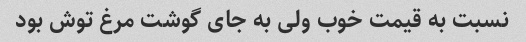
نسبت به قیمت خوب ولی به جای گوشت مرغ توش بود